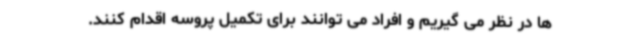
ها در نظر می گیریم و افراد می توانند برای تکمیل پروسه اقدام کنند.